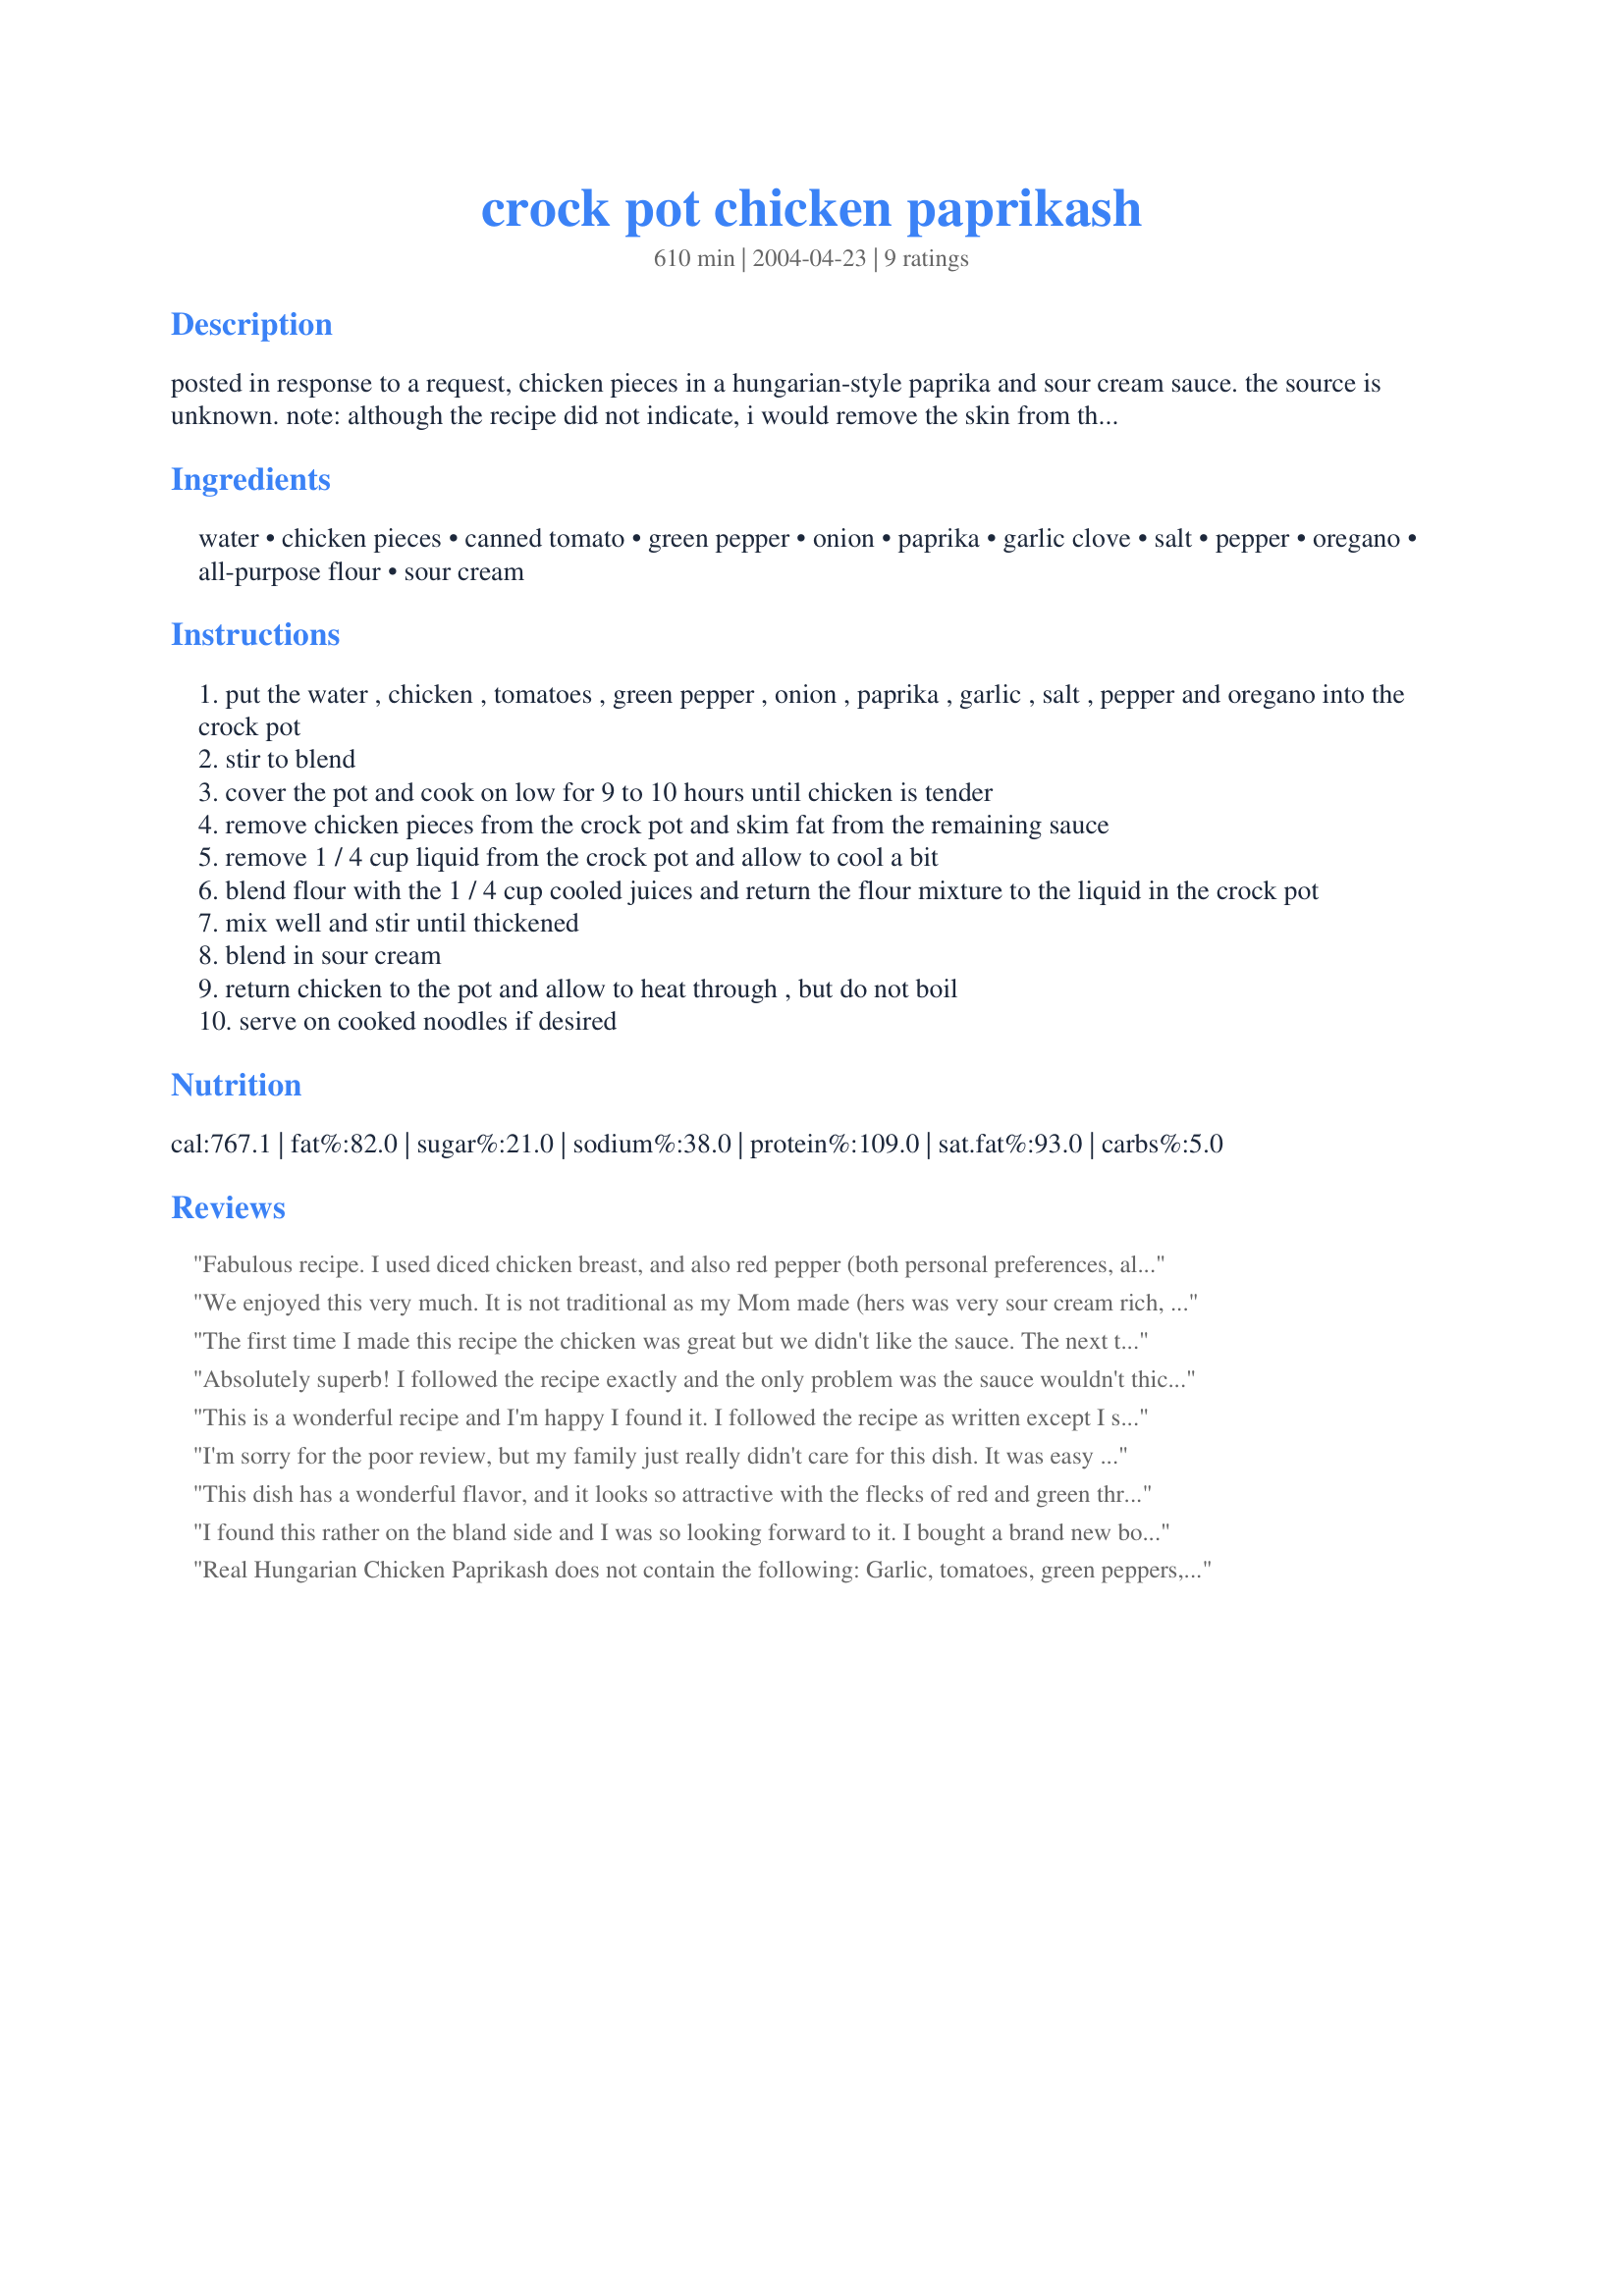
crock pot chicken paprikash
Preparation time: 610 minutes

posted in response to a request, chicken pieces in a hungarian-style paprika and sour cream sauce. the source is unknown. note: although the recipe did not indicate, i would remove the skin from the chicken before cooking.

Ingredients:
water, chicken pieces, canned tomato, green pepper, onion, paprika, garlic clove, salt, pepper, oregano, all-purpose flour, sour cream

Steps:
put the water , chicken , tomatoes , green pepper , onion , paprika , garlic , salt , pepper and oregano into the crock pot
stir to blend
cover the pot and cook on low for 9 to 10 hours until chicken is tender
remove chicken pieces from the crock pot and skim fat from the remaining sauce
remove 1 / 4 cup liquid from the crock pot and allow to cool a bit
blend flour with the 1 / 4 cup cooled juices and return the flour mixture to the liquid in the crock pot
mix well and stir until thickened
blend in sour cream
return chicken to the pot and allow to heat through , but do not boil
serve on cooked noodles if desired

Reviews:
Fabulous recipe. I used diced chicken breast, and also red pepper (both personal preferences, also used chicken stock from other reviews. Will definitely make this one again, easy to follow, and a great tasting meal.
Thanks
We enjoyed this very much. It is not traditional as my Mom made (hers was very sour cream rich, and had more depth of flavor and seasoning). But still, the family enjoyed this a lot. We served with Mean Chefs Roasted broccoli and white rice.
The first time I made this recipe the chicken was great but we didn't like the sauce. The next time I cut the water down to a half cup and it was better. My husband, who never says anything about what is put in front of him, raved about it. It wasn't until I was cleaning up afterwards that I realized I forgot to put in the sour cream but it was still GREAT without it.
Absolutely superb! I followed the recipe exactly and the only problem was the sauce wouldn't thicken. Next time I'll just reduce the water by half and it will be perfect.
This is a wonderful recipe and I'm happy I found it. I followed the recipe as written except I subsituted the water with chicken broth. This recipe has the just the right seasoning and well worth the wait. Several people have asked for the recipe and the next Church Dinner will be...tada...Crockpot Chicken Paprikash!
I'm sorry for the poor review, but my family just really didn't care for this dish. It was easy to make and smelled lovely, but we found the flavor to be somewhat lacking and had to add salsa just to make up for the flavor. I don't think I'll make this again. Sorry.
This dish has a wonderful flavor, and it looks so attractive with the flecks of red and green throughout. I used boneless, skinless breasts, canned diced tomatoes, and soy yogurt in place of the sour cream. I also reduced the paprika to about 1 1/2 Tbsp. This turned out to be one of the most flavorful Crockpot dishes I've ever made. I've already gotten requests to make it again!
I found this rather on the bland side and I was so looking forward to it. I bought a brand new bottle of smoked paprika specifically to try this and was rather disappointed in the outcome.
Real Hungarian Chicken Paprikash does not contain the following: Garlic, tomatoes, green peppers, oregano or flour. It only contains, onion, oil, paprika, pepper, salt, chicken, water and sour cream. Served on dumplings or wide noodles.
